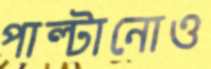
পাল্টানোও